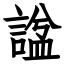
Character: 諡